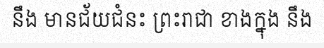
នឹង មានជ័យជំនះ ព្រះរាជា ខាងក្នុង នឹង